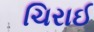
ચિરાઈ